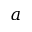
a